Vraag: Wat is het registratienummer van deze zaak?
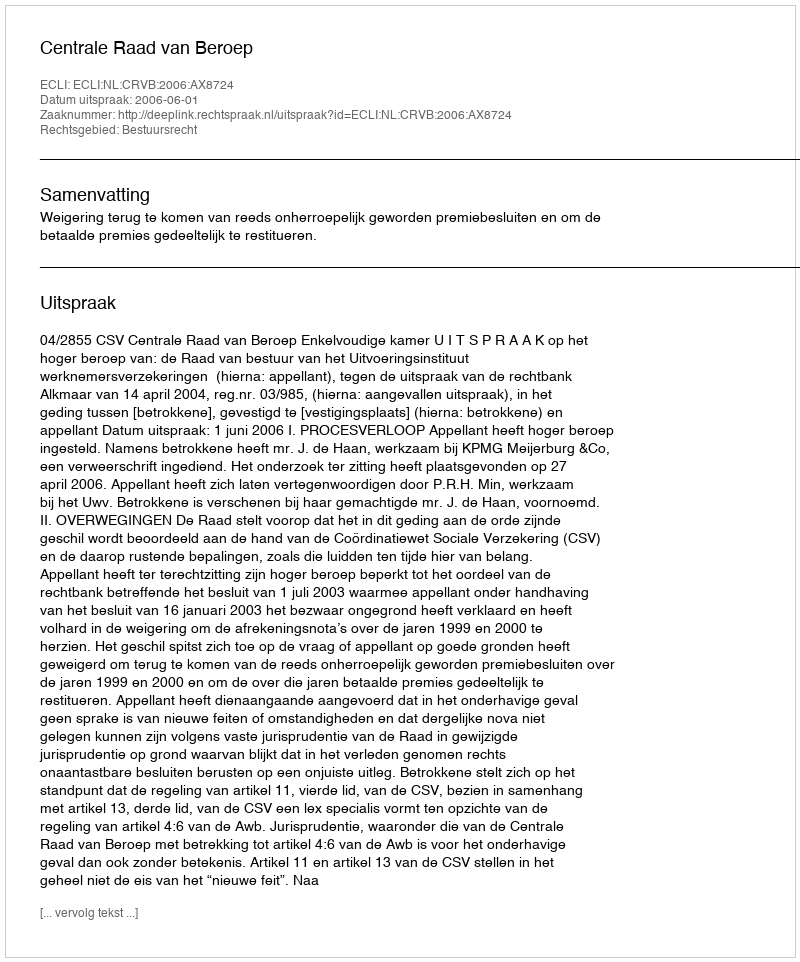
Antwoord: http://deeplink.rechtspraak.nl/uitspraak?id=ECLI:NL:CRVB:2006:AX8724